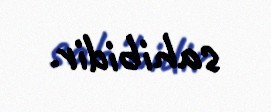
sahibidir.